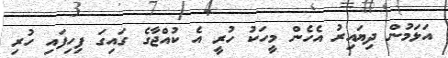
އަޅަމުން ދިޔައިރު އެހެން މީހަކު ހުރީ އެ ކުއްޖާގެ ގައިގަ ފިހިފައި ހުރި